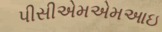
પીસીએમએમઆઇ